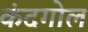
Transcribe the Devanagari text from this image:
कंदगोल